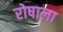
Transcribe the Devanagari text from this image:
रोषाला